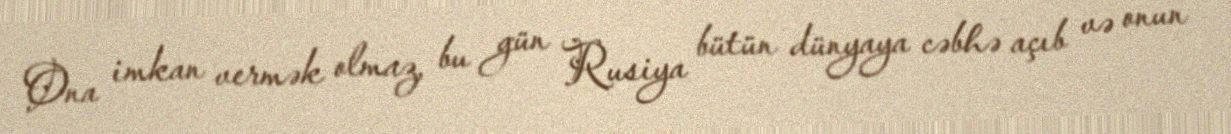
Ona imkan vermək olmaz, bu gün Rusiya bütün dünyaya cəbhə açıb və onun